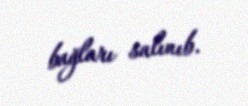
bağları salınıb.